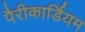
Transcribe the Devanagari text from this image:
पैरीकार्डियम